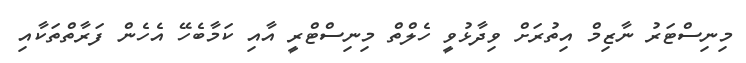
މިނިސްޓަރު ނާޒިމް އިތުރަށް ވިދާޅުވީ ހެލްތް މިނިސްޓްރީ އާއި ކަމާބެހޭ އެހެން ފަރާތްތަކާއި